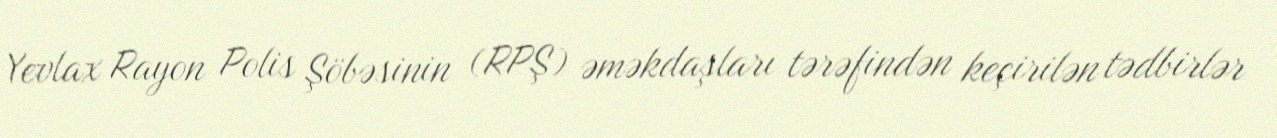
Yevlax Rayon Polis Şöbəsinin (RPŞ) əməkdaşları tərəfindən keçirilən tədbirlər